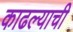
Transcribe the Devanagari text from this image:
काढल्याची